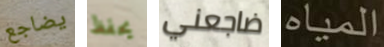
يضاجع يحفظ ضاجعني المياه